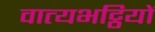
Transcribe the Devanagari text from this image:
वात्यभट्ठियों